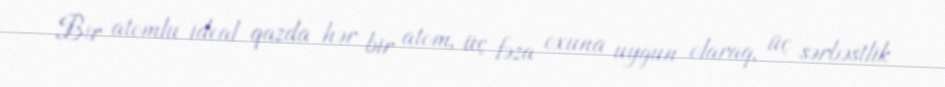
Bir atomlu ideal qazda hər bir atom, üç fəza oxuna uyğun olaraq, üç sərbəstlik